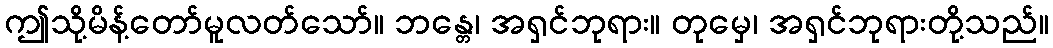
ဤသို့မိန့်တော်မူလတ်သော်။ ဘန္တေ၊ အရှင်ဘုရား။ တုမှေ၊ အရှင်ဘုရားတို့သည်။